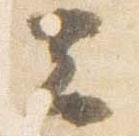
云